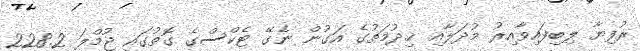
ރުފިޔާ ލިބިފައިވާއިރު މުދަލާއި ޚިދުމަތުގެ އަގުން ނެގޭ ޓެކްސްގެ ގޮތުގައި ޖުމްލަ 228.2